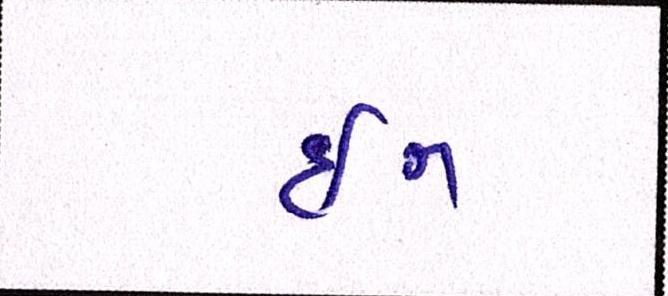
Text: ઇન